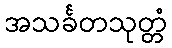
အသင်္ခတသုတ္တံ